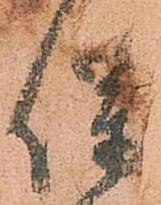
保